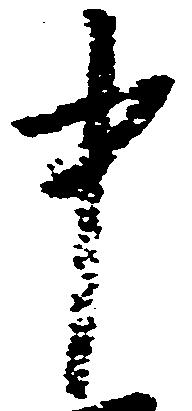
中